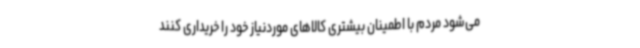
می‌شود مردم با اطمینان بیشتری کالاهای موردنیاز خود را خریداری کنند